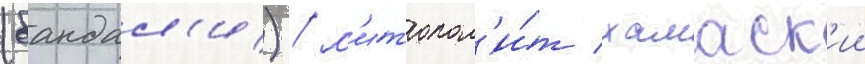
(бандал'и) / м'итропол'и́т хамаск'ии